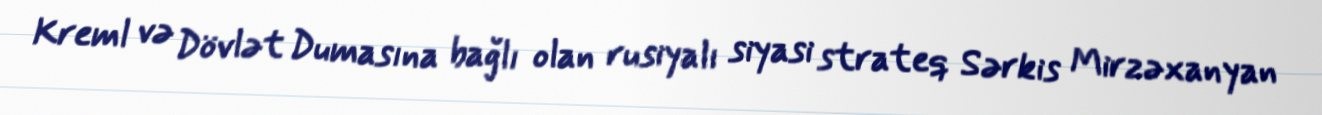
Kreml və Dövlət Dumasına bağlı olan rusiyalı siyasi strateq Sərkis Mirzəxanyan